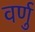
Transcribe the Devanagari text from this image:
वर्णु